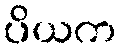
ပိယက